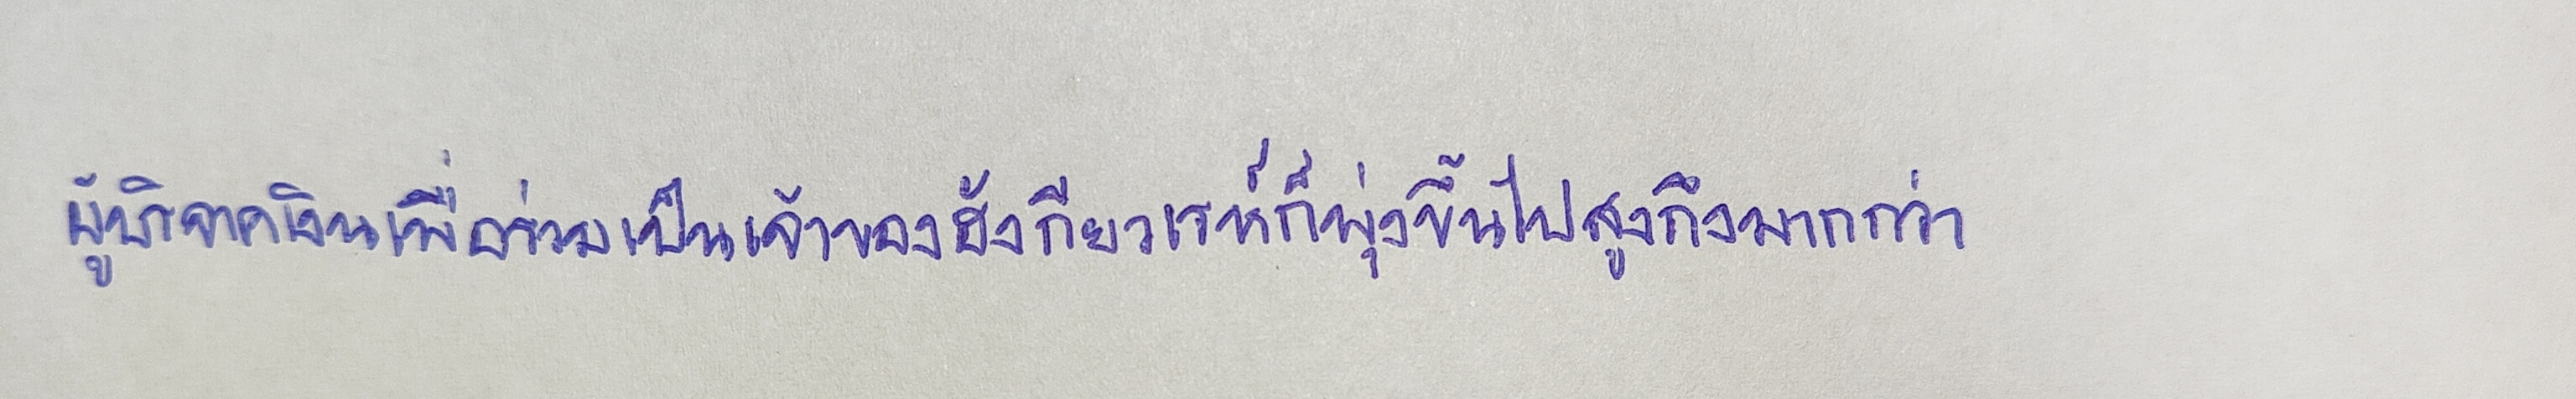
ผู้บริจาคเงินเพื่อร่วมเป็นเจ้าของฮังกียวเรห์ก็พุ่งขึ้นไปสูงถึงมากกว่า